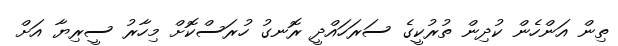
ތިން އަންހެން ކުދިން ތުރުކީގެ ސަރަހައްދީ ރޮނގު ހުރަސްކޮށް މިހާރު ސީރިޔާ އަށް